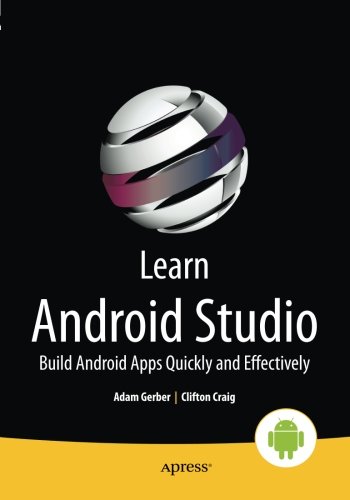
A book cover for Learn Android Studio: Build Android Apps Quickly and Effectively; Adam Gerber; Computers & Technology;